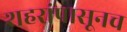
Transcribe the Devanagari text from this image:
शहरांपासूनच